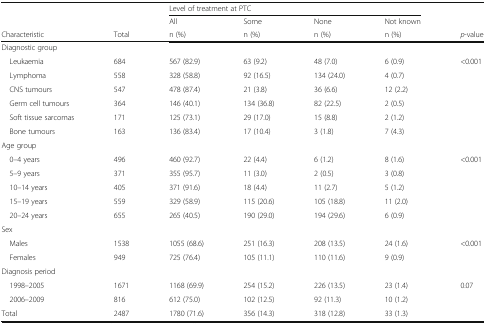
<table><thead><tr><td></td><td></td><td colspan="4"><b>Level of treatment at PTC</b></td><td></td></tr><tr><td></td><td></td><td><b>All</b></td><td><b>Some</b></td><td><b>None</b></td><td><b>Not known</b></td><td></td></tr><tr><td><b>Characteristic</b></td><td><b>Total</b></td><td><b>n (%)</b></td><td><b>n (%)</b></td><td><b>n (%)</b></td><td><b>n (%)</b></td><td><b><i>p</i>-value</b></td></tr></thead><tbody><tr><td colspan="7">Diagnostic group</td></tr><tr><td> Leukaemia</td><td>684</td><td>567 (82.9)</td><td>63 (9.2)</td><td>48 (7.0)</td><td>6 (0.9)</td><td>&lt;0.001</td></tr><tr><td> Lymphoma</td><td>558</td><td>328 (58.8)</td><td>92 (16.5)</td><td>134 (24.0)</td><td>4 (0.7)</td><td></td></tr><tr><td> CNS tumours</td><td>547</td><td>478 (87.4)</td><td>21 (3.8)</td><td>36 (6.6)</td><td>12 (2.2)</td><td></td></tr><tr><td> Germ cell tumours</td><td>364</td><td>146 (40.1)</td><td>134 (36.8)</td><td>82 (22.5)</td><td>2 (0.5)</td><td></td></tr><tr><td> Soft tissue sarcomas</td><td>171</td><td>125 (73.1)</td><td>29 (17.0)</td><td>15 (8.8)</td><td>2 (1.2)</td><td></td></tr><tr><td> Bone tumours</td><td>163</td><td>136 (83.4)</td><td>17 (10.4)</td><td>3 (1.8)</td><td>7 (4.3)</td><td></td></tr><tr><td colspan="7">Age group</td></tr><tr><td> 0–4 years</td><td>496</td><td>460 (92.7)</td><td>22 (4.4)</td><td>6 (1.2)</td><td>8 (1.6)</td><td>&lt;0.001</td></tr><tr><td> 5–9 years</td><td>371</td><td>355 (95.7)</td><td>11 (3.0)</td><td>2 (0.5)</td><td>3 (0.8)</td><td></td></tr><tr><td> 10–14 years</td><td>405</td><td>371 (91.6)</td><td>18 (4.4)</td><td>11 (2.7)</td><td>5 (1.2)</td><td></td></tr><tr><td> 15–19 years</td><td>559</td><td>329 (58.9)</td><td>115 (20.6)</td><td>105 (18.8)</td><td>11 (2.0)</td><td></td></tr><tr><td> 20–24 years</td><td>655</td><td>265 (40.5)</td><td>190 (29.0)</td><td>194 (29.6)</td><td>6 (0.9)</td><td></td></tr><tr><td colspan="7">Sex</td></tr><tr><td> Males</td><td>1538</td><td>1055 (68.6)</td><td>251 (16.3)</td><td>208 (13.5)</td><td>24 (1.6)</td><td>&lt;0.001</td></tr><tr><td> Females</td><td>949</td><td>725 (76.4)</td><td>105 (11.1)</td><td>110 (11.6)</td><td>9 (0.9)</td><td></td></tr><tr><td colspan="7">Diagnosis period</td></tr><tr><td> 1998–2005</td><td>1671</td><td>1168 (69.9)</td><td>254 (15.2)</td><td>226 (13.5)</td><td>23 (1.4)</td><td>0.07</td></tr><tr><td> 2006–2009</td><td>816</td><td>612 (75.0)</td><td>102 (12.5)</td><td>92 (11.3)</td><td>10 (1.2)</td><td></td></tr><tr><td>Total</td><td>2487</td><td>1780 (71.6)</td><td>356 (14.3)</td><td>318 (12.8)</td><td>33 (1.3)</td><td></td></tr></tbody></table>